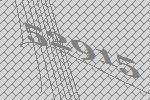
52915